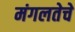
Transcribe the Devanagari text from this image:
मंगलतेचे